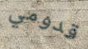
قدومي